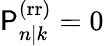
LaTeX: \mathsf{P}_{n|k}^{\mathrm{{(rr)}}}=0